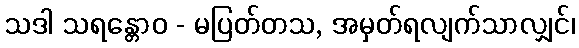
သဒါ သရန္တောဝ - မပြတ်တသ, အမှတ်ရလျက်သာလျှင်၊